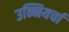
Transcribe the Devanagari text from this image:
उन्नियर्चा